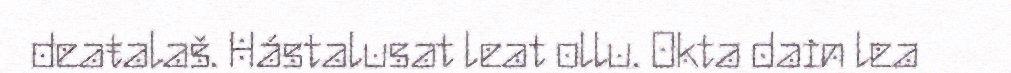
deaŧalaš. Hástalusat leat ollu. Okta dain lea